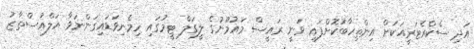
އަދި ސެކްރެޓަރީއަކަށް އިންތިހާބުކޮށްފައި ވަނީ ރައީސް މައުމޫނުގެ ލީގަލް ޓީމުގައި ހިމެނިވަޑައިގަންނަވާ އަލްއުސްތާޒު